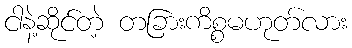
ငါနဲ့ဆိုင်တဲ့ တခြားကိစ္စမဟုတ်လား